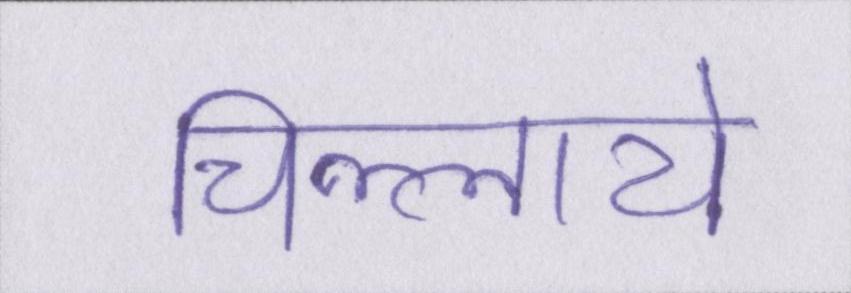
चिल्लाये